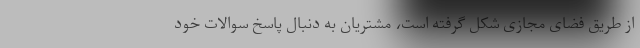
از طریق فضای مجازی شکل گرفته است، مشتریان به دنبال پاسخ سوالات خود